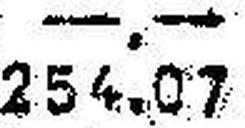
254.07